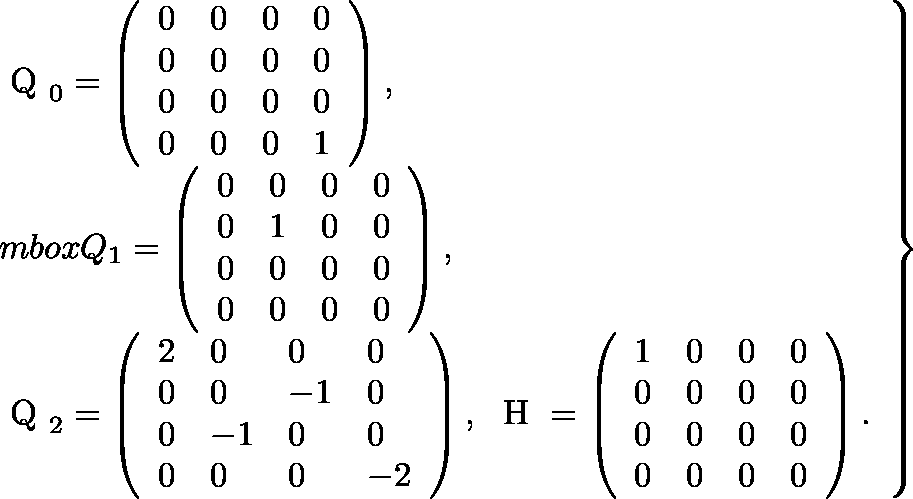
\begin{array} { r } { \left. \begin{array} { l } { \mathrm { \boldmath ~ Q ~ } _ { 0 } = \left( \begin{array} { l l l l } { 0 } & { 0 } & { 0 } & { 0 } \\ { 0 } & { 0 } & { 0 } & { 0 } \\ { 0 } & { 0 } & { 0 } & { 0 } \\ { 0 } & { 0 } & { 0 } & { 1 } \end{array} \right) , } \\ { m b o x { \boldmath Q } _ { 1 } = \left( \begin{array} { l l l l } { 0 } & { 0 } & { 0 } & { 0 } \\ { 0 } & { 1 } & { 0 } & { 0 } \\ { 0 } & { 0 } & { 0 } & { 0 } \\ { 0 } & { 0 } & { 0 } & { 0 } \end{array} \right) , } \\ { \mathrm { \boldmath ~ Q ~ } _ { 2 } = \left( \begin{array} { l l l l } { 2 } & { 0 } & { 0 } & { 0 } \\ { 0 } & { 0 } & { - 1 } & { 0 } \\ { 0 } & { - 1 } & { 0 } & { 0 } \\ { 0 } & { 0 } & { 0 } & { - 2 } \end{array} \right) , \ \mathrm { \boldmath ~ H ~ } = \left( \begin{array} { l l l l } { 1 } & { 0 } & { 0 } & { 0 } \\ { 0 } & { 0 } & { 0 } & { 0 } \\ { 0 } & { 0 } & { 0 } & { 0 } \\ { 0 } & { 0 } & { 0 } & { 0 } \end{array} \right) . } \end{array} \right\} } \end{array}